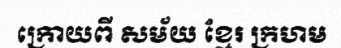
ក្រោយពី សម័យ ខ្មែរ ក្រហម